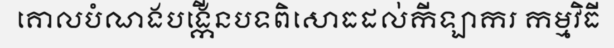
គោលបំណងបង្កើនបទពិសោធដល់កីឡាករ កម្មវិធី